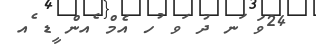
24ވަ ަނ ދު ަވ ުހ އެމް ެއން ީޑ ެއ